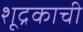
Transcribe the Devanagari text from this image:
शूद्रकाची